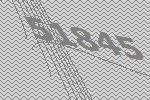
51845